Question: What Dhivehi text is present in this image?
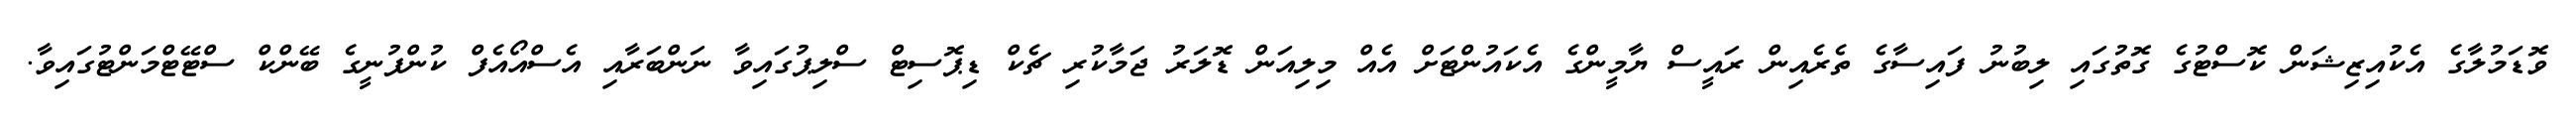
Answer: ވޮޑަމުލާގެ އެކުއިޒިޝަން ކޮސްޓުގެ ގޮތުގައި ލިބުނު ފައިސާގެ ތެރެއިން ރައީސް ޔާމީންގެ އެކައުންޓަށް އެއް މިލިއަން ޑޮލަރު ޖަމާކުރި ޗެކް ޑިޕޮސިޓް ސްލިޕުގައިވާ ނަންބަރާއި އެސްއޯއެފް ކުންފުނީގެ ބޭންކް ސްޓޭޓްމަންޓުގައިވާ.